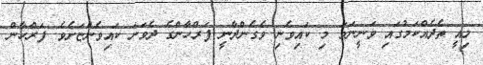
މިއީ ތެދެއްކަމުގައި ވަނީނަމަ މި ކައިވެނި ވެގެންދާނީ ފަރްހާންގެ ދެވަނަ ކައިވެންޏަށެވެ. ފަރްހާން